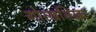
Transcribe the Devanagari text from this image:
गोरखशिखर